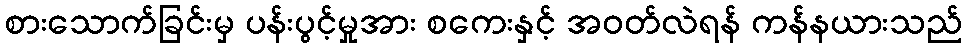
စားသောက်ခြင်းမှ ပန်းပွင့်မှုအား စကေးနှင့် အဝတ်လဲရန် ကန်နယားသည်